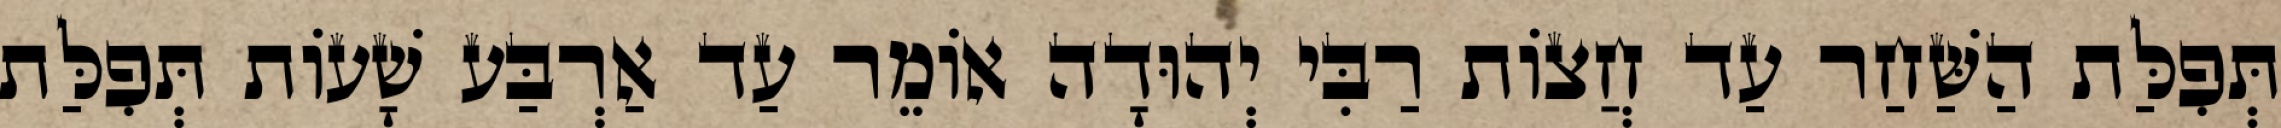
תְּפִלַּת הַשַּׁחַר עַד חֲצוֹת רַבִּי יְהוּדָה אוֹמֵר עַד אַרְבַּע שָׁעוֹת תְּפִלַּת